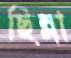
ছিন্না